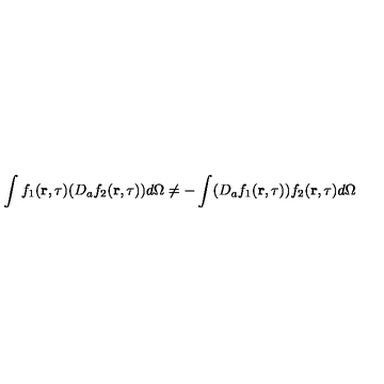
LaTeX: \int f _ { 1 } ( { \bf r } , \tau ) ( D _ { a } f _ { 2 } ( { \bf r } , \tau ) ) d \Omega \neq - \int ( D _ { a } f _ { 1 } ( { \bf r } , \tau ) ) f _ { 2 } ( { \bf r } , \tau ) d \Omega